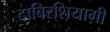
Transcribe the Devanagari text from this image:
दाबिरशियाग़ी